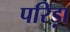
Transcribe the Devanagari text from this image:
परिड़ा